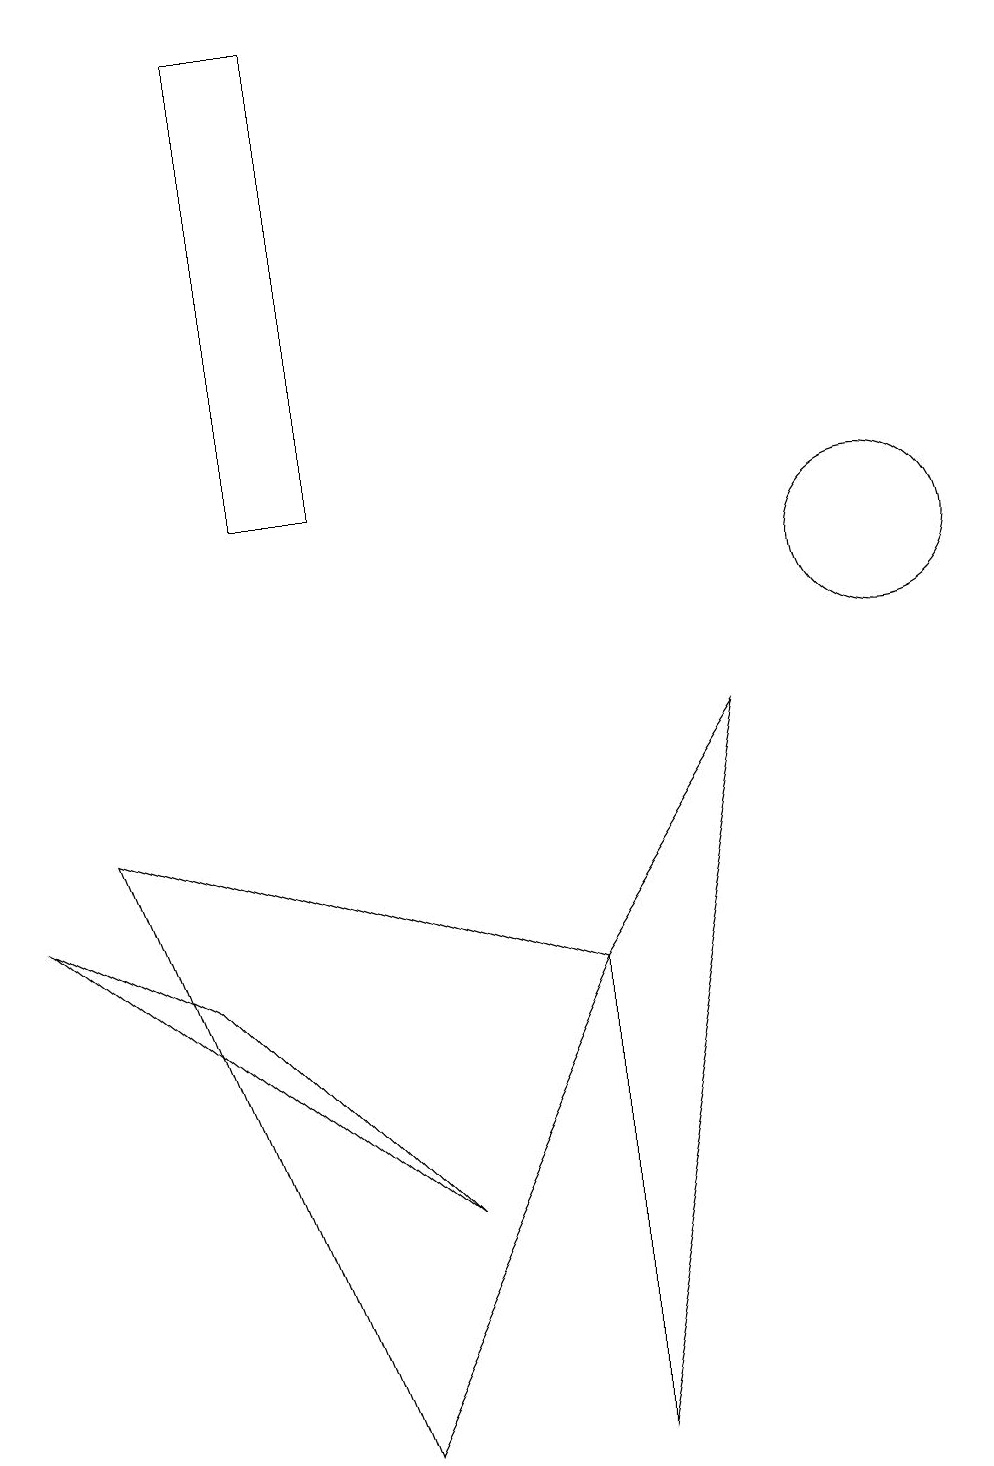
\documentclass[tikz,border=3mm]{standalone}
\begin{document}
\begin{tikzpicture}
\draw (5,3) -- (2,6) -- (0,7) -- cycle;
\draw (3,12) rectangle (4,18);
\draw (11,11) circle (1);
\draw (4,0) -- (7,6) -- (1,8) -- cycle;
\draw (7,6) -- (7,0) -- (9,9) -- cycle;
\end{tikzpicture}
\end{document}